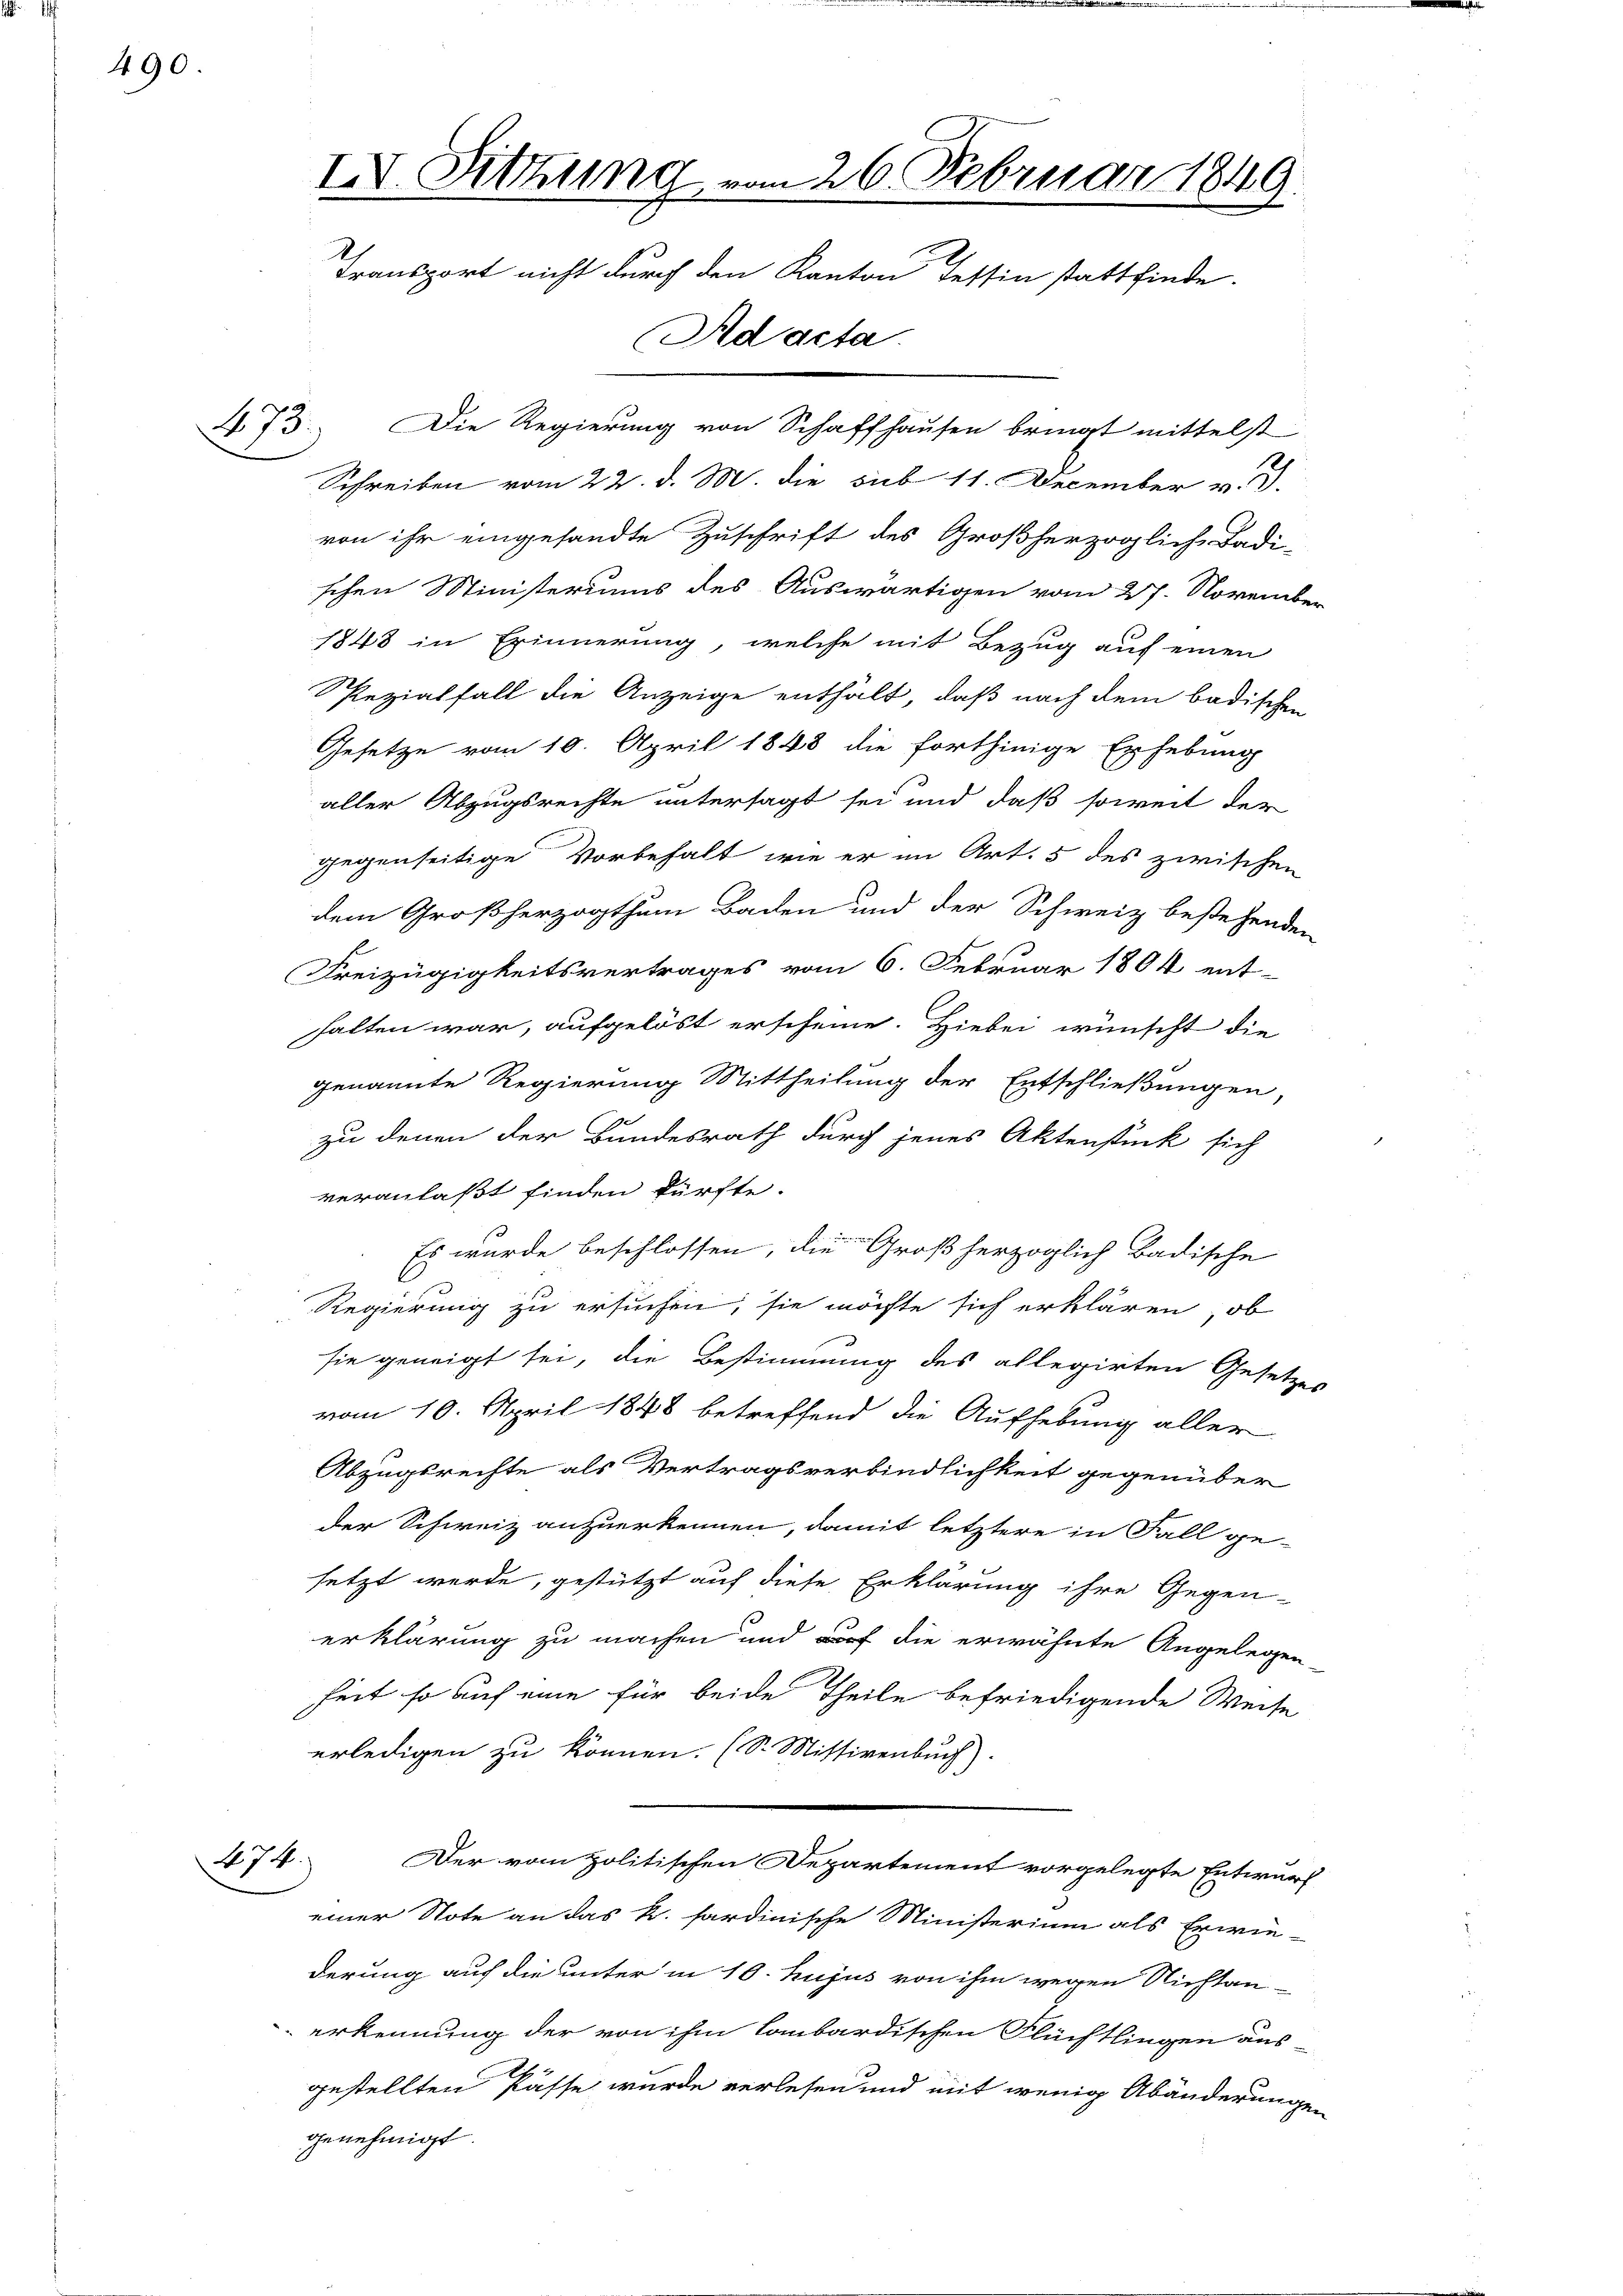
490.

73. Die Regierung von Schaffhausen bringt mittelst
Schreiben vom 22. d. M. die sub 11. December v. J.
von ihr eingesandte Zuschrift des Großherzoglich Badi-
schen Ministeriums des Auswärtigen vom 27. November
1848 in Erinnerung, welche mit Bezug auf einen
RRezialfall die Anzeige enthält, daß nach dem badischen
Gesetze vom 10. April 1848 die forthinige Erhebung
aller Abzugsrechte untersagt sei und daß soweit der
gegenseitige Vorbehalt, wie er im Art. 5 des zwischen
dem Großherzogthum Baden und der Schweiz bestehenden
Freizügigkeitsvertrages vom 6. Februar 1804 ent-
halten war, aufgelöst erscheine. Hiebei wünscht die
genannte Regierung Mittheilung der Entschließungen,
zu denen der Bundesrath durch jenes Aktenstück sich
veranlaßt finden dürfte.
Es wurde beschlossen, die Großherzoglich badische
Regierung zu ersuchen, sie möchte sich erklären, ob
sie geneigt sei, die Bestimmung des allegirten Gesetzes
vom 10. April 1848 betreffend die Aufhebung aller
Abzugsrechte als Vertragsverbindlichkeit gegenüber
der Schweiz anzuerkennen, damit letztere in Fall ge-
setzt werde, gestützt auf diese Erklärung ihre Gegen-
erklärung zu machen und auf die erwähnte Angelegen-
heit so auf eine für beide Theile befriedigende Weise
erledigen zu können. (S. Mittirenbuch)
274.
Der vom politischen Departement vorgelegte Entwurf
einer Note an das k. sardinische Ministerium als Erwie-
derung auf die unter in 10. hujus von ihm wegen Nichtan-
erkennung der von ihm lombardischen Flüchtlingen aus-
.
gestellten Pässe wurde verlesen und mit wenig Abänderungen
genehmigt.

IV. Sitzung vom 26. Februar 1849.
h
Transport nicht durch den Kanton Tessin stattfinde.
Ad acta.